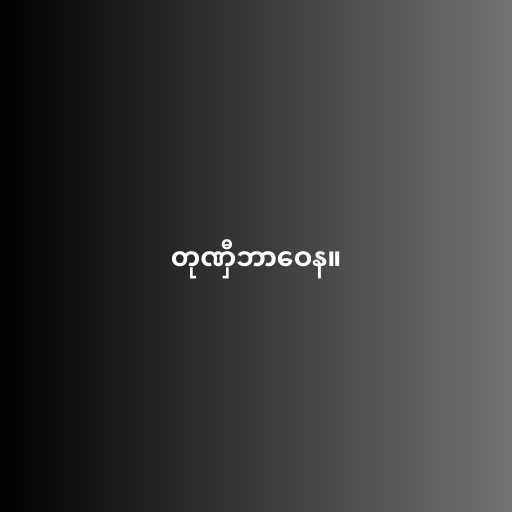
တုဏှီဘာဝေန။